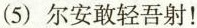
(5)尔安敢轻吾射！